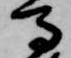
馬